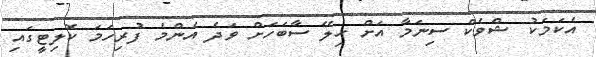
އެކަމަކު ޝްވެކް ސިނަމާ އަށް ހިލޭ ސާބަހަށް ވަދެ އެންމެ ފުރިހަމަ ކޮލިޓީގައި